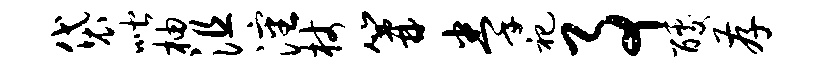
袋喈柚沮沈杖篝拳祀事醵存